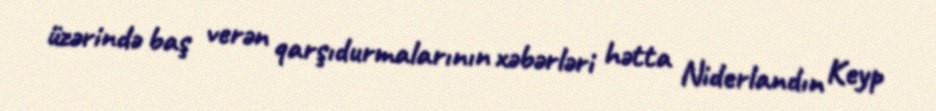
üzərində baş verən qarşıdurmalarının xəbərləri hətta Niderlandın Keyp